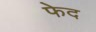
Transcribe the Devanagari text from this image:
फेद